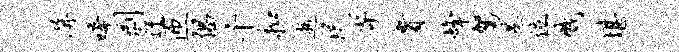
屏唏剥迂匝倡千扣逝民寄贵烽驾蒸位戮堪